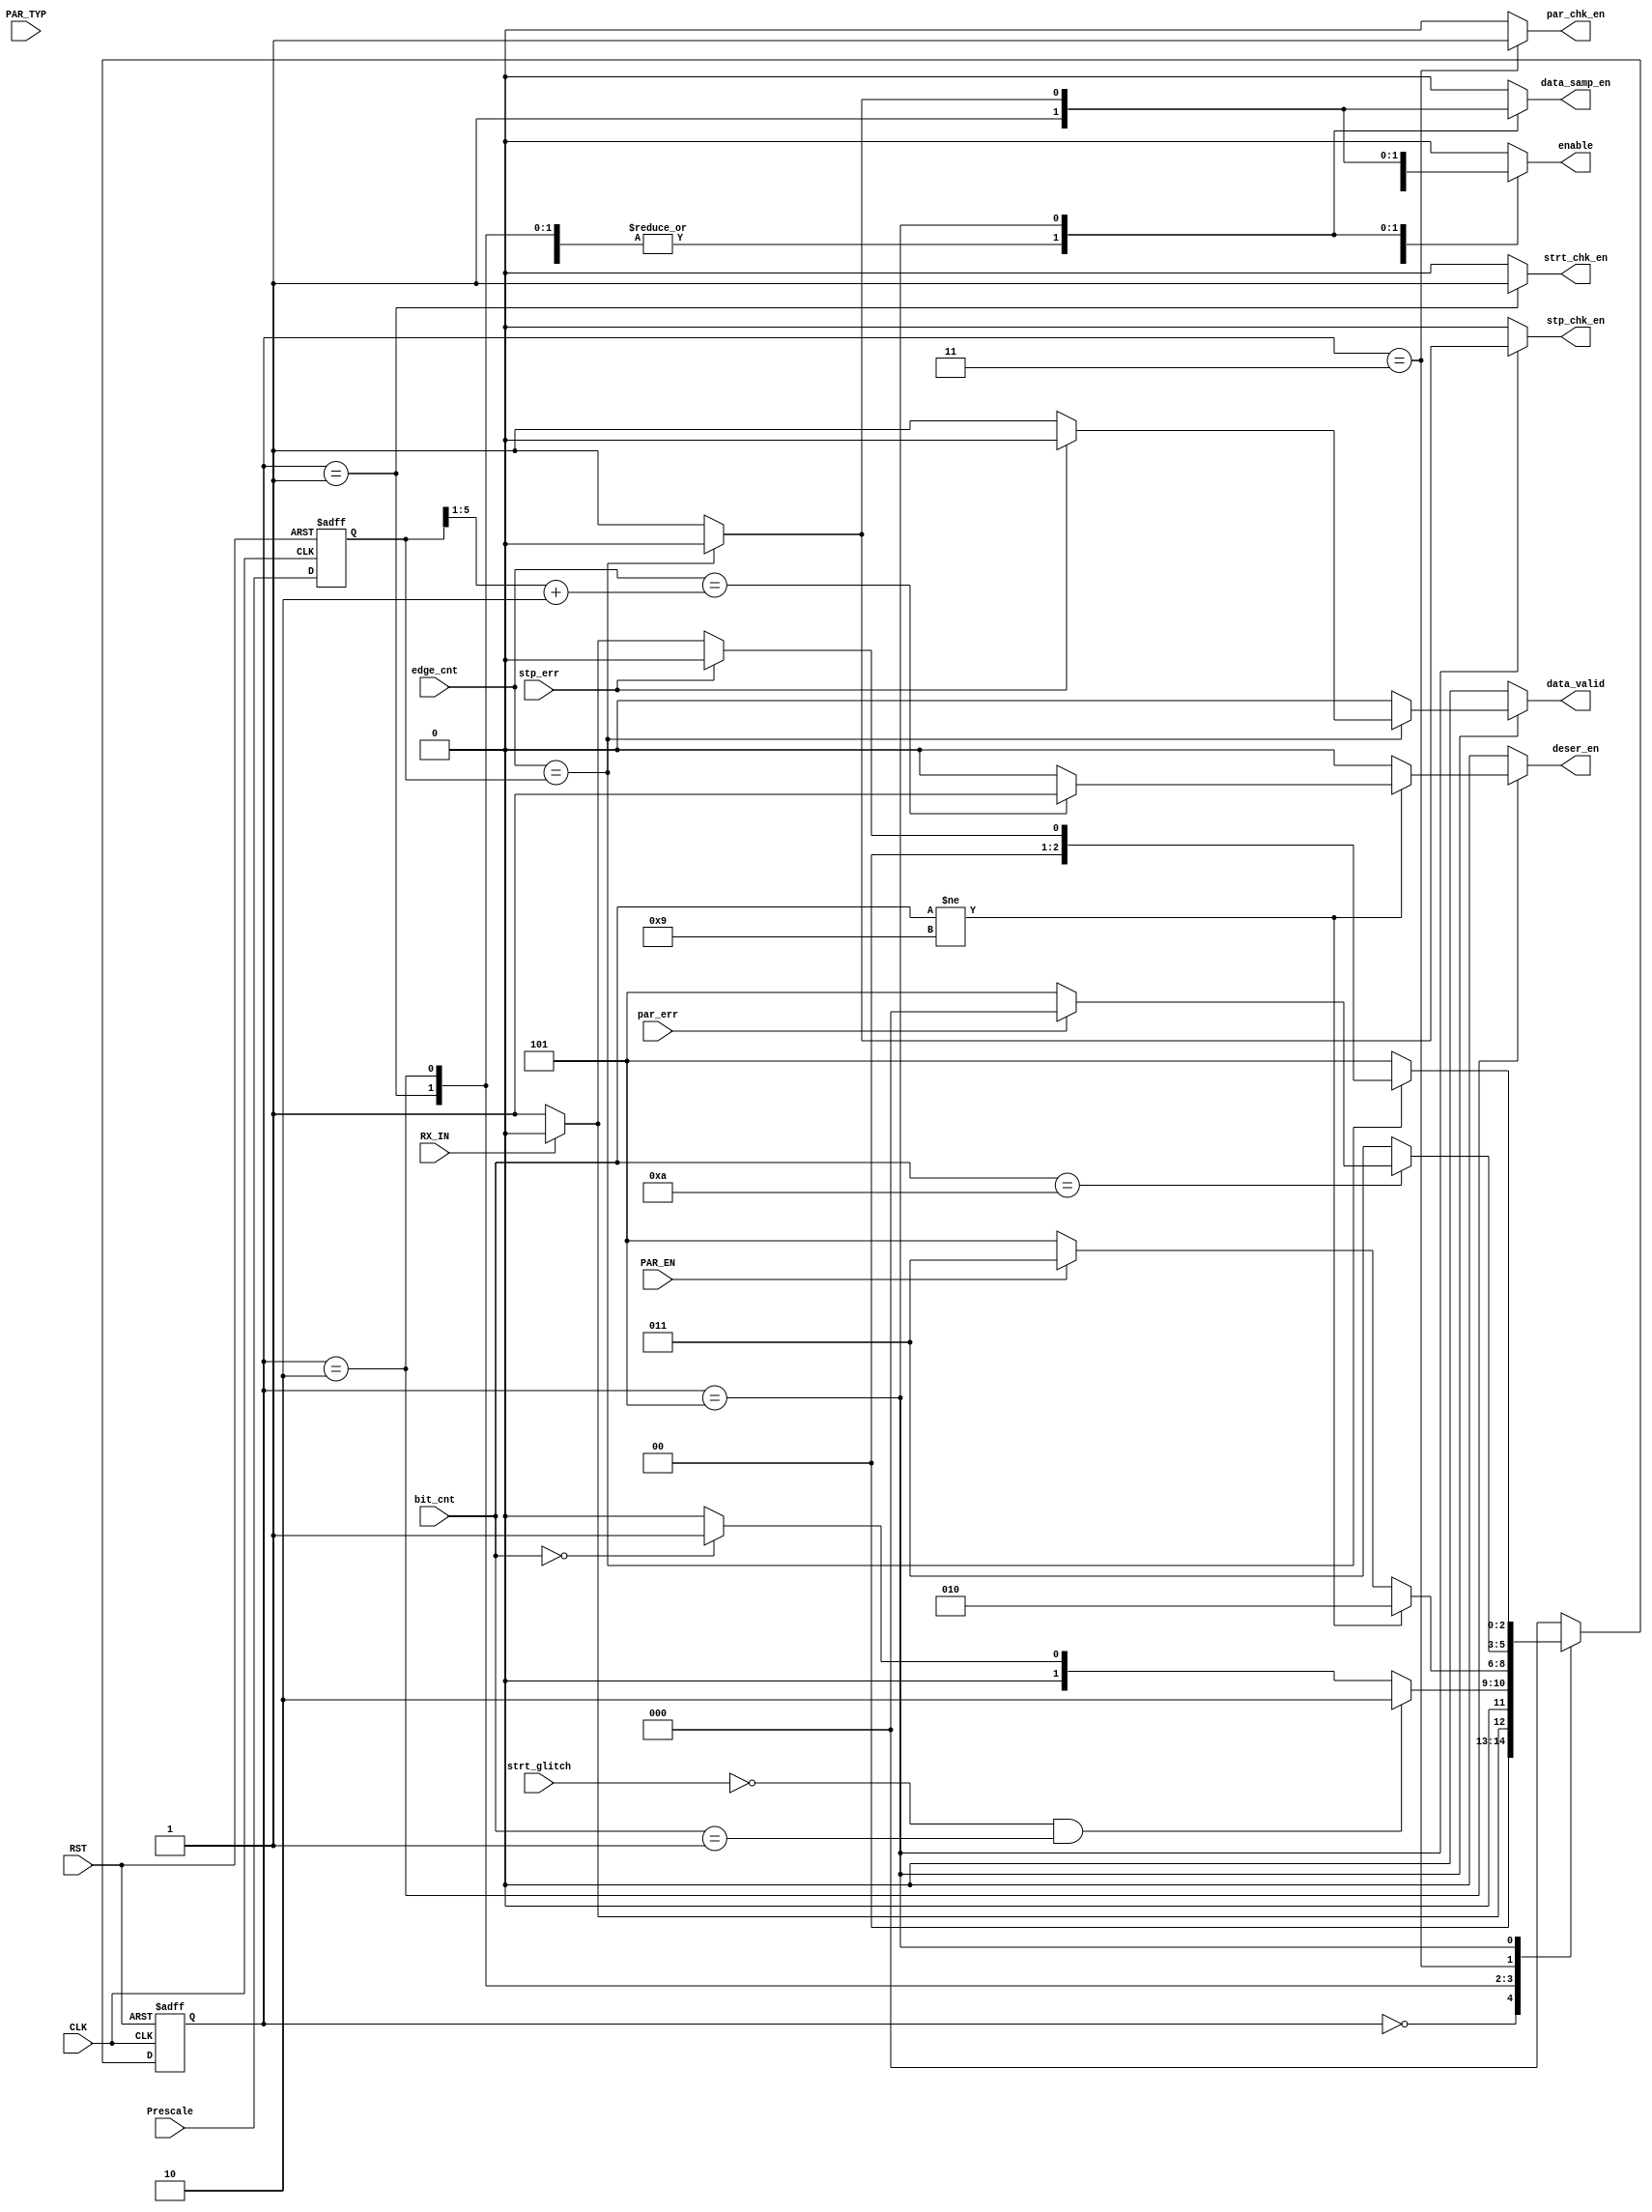

module FSM_RX (

///////////////////// Inputs /////////////////////////////////

	input		wire				CLK,
	input		wire				RST,
	input		wire				RX_IN,
	input		wire	[5:0]		Prescale,
	input		wire				PAR_EN,
	input		wire				PAR_TYP,
	input		wire	[3:0]		bit_cnt,	//unused
	input		wire	[5:0]		edge_cnt,
	input		wire				par_err,
	input		wire				strt_glitch,
	input		wire				stp_err,

///////////////////// Outputs ////////////////////////////////

	output		reg					data_samp_en,
	output		reg					enable,
	output		reg					par_chk_en,
	output		reg					strt_chk_en,
	output		reg					stp_chk_en,
	output		reg					data_valid,
	output		reg					deser_en

	);

//////////////////////////////////////////////////////////////
////////////////////////  FSM States  ////////////////////////
//////////////////////////////////////////////////////////////

localparam		[2:0]		IDLE					=	'b000,		
							Start_Bit				=	'b001,
							Data_Stage				=	'b010,
							Parity_Bit				=	'b011,
							Stop_Bit   				=   'b101;
					


reg		[2:0]	Next_state,
				current_state;


// internal register
reg		[5:0]		Prescale_reg;
// we made register for prescale in case it changed it next back-to-back transaction
// so our Stop_Bit state doesnot change its functionality.
always @(posedge CLK or negedge RST) begin
	if (!RST) begin
		Prescale_reg	<=		'b0;
	end
	else begin
		Prescale_reg	<=		Prescale;
	end
end


//////////////////////////////////////////////////////////////
/////////////////////  State Transition  /////////////////////
//////////////////////////////////////////////////////////////

always @(posedge CLK or negedge RST) begin
	if (!RST) begin
		current_state	<=	IDLE;
	end
	else  begin
		current_state	<=	Next_state;
	end
end



//////////////////////////////////////////////////////////////
////////////////////// Next State Logic  /////////////////////
//////////////////////////////////////////////////////////////

always@(*) begin
	data_samp_en		=		'b0;
	enable				=		'b0;
	par_chk_en			=		'b0;
	strt_chk_en			=		'b0;
	stp_chk_en			=		'b0;
	data_valid			=		'b0;
	deser_en			=		'b0;
	Next_state			=		IDLE;


	case(current_state)

	IDLE	:	begin

		if(RX_IN	==	'b0	) begin
			enable			=		'b1;
			Next_state		=		Start_Bit;
		end
		else begin
			Next_state		=		IDLE;
		end
	end	

	Start_Bit	:	begin
		strt_chk_en		=		'b1;
		enable			=		'b1;
		data_samp_en	=		'b1;

		if(strt_glitch	==	'b0	&& bit_cnt == 'b1 ) begin
			Next_state		=		Data_Stage;
		end
		else if (bit_cnt == 'b0 ) begin   //we still waiting for 9th clk edge in case prescaler 16
			Next_state		=		Start_Bit;
		end
		else begin
			Next_state		=		IDLE;
		end
	end	

	Data_Stage	:	begin
		enable			=		'b1;
		data_samp_en	=		'b1;

		if(bit_cnt != 'd9 ) begin
			
			Next_state		=		Data_Stage;
			if(edge_cnt == ((Prescale_reg>>1) +'d2))  // since if we have Prescale = 16 , so we take 3 samples at {7,8,9} and produce result at edge_cnt=10
			begin
				deser_en		=		'b1;  //enable shift register
			end
			else begin
				deser_en		=		'b0;
			end

		end
		else begin
			if(PAR_EN == 'b1)  begin 	//enable frame parity bit
				Next_state		=		Parity_Bit;
			end
			else begin
				Next_state		=		Stop_Bit;
			end
		end
		
	end	


	Parity_Bit	:	begin
		enable			=		'b1;
		data_samp_en	=		'b1;
		par_chk_en		=		'b1;


		if(bit_cnt == 'd10 ) begin
			
			if(par_err	==	'b1)   begin
				Next_state		=		IDLE;
			end
			else begin
				Next_state		=		Stop_Bit;
			end
		end
		else begin
			Next_state			=		Parity_Bit;
		end
		
	end	

	Stop_Bit :	begin
		enable			=		'b1;
		data_samp_en	=		'b1;
		stp_chk_en		=		'b1;

		if(edge_cnt == Prescale_reg ) begin  
		
			/**clear enables **/
				enable			=	'b0;
				data_samp_en	=	'b0;
				stp_chk_en		=	'b0;
			
			if(stp_err	==	'b1)   begin
				Next_state		=		IDLE;
			end
			else begin
				/**Outputs Data**/
				data_valid		=	'b1;
				

				if(RX_IN == 'b0) begin  //	consective frames
					Next_state		=	Start_Bit;
				end
				else begin
					Next_state		=	IDLE;
				end
			end

		end

		else begin
			Next_state		=		Stop_Bit;
		end

	end

	default : begin
			data_samp_en		=		'b0;
			enable				=		'b0;
			par_chk_en			=		'b0;
			strt_chk_en			=		'b0;
			stp_chk_en			=		'b0;
			data_valid			=		'b0;
			deser_en			=		'b0;
			Next_state			=		IDLE;
	end



	endcase


end





endmodule